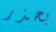
بحذر